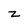
Character: Z